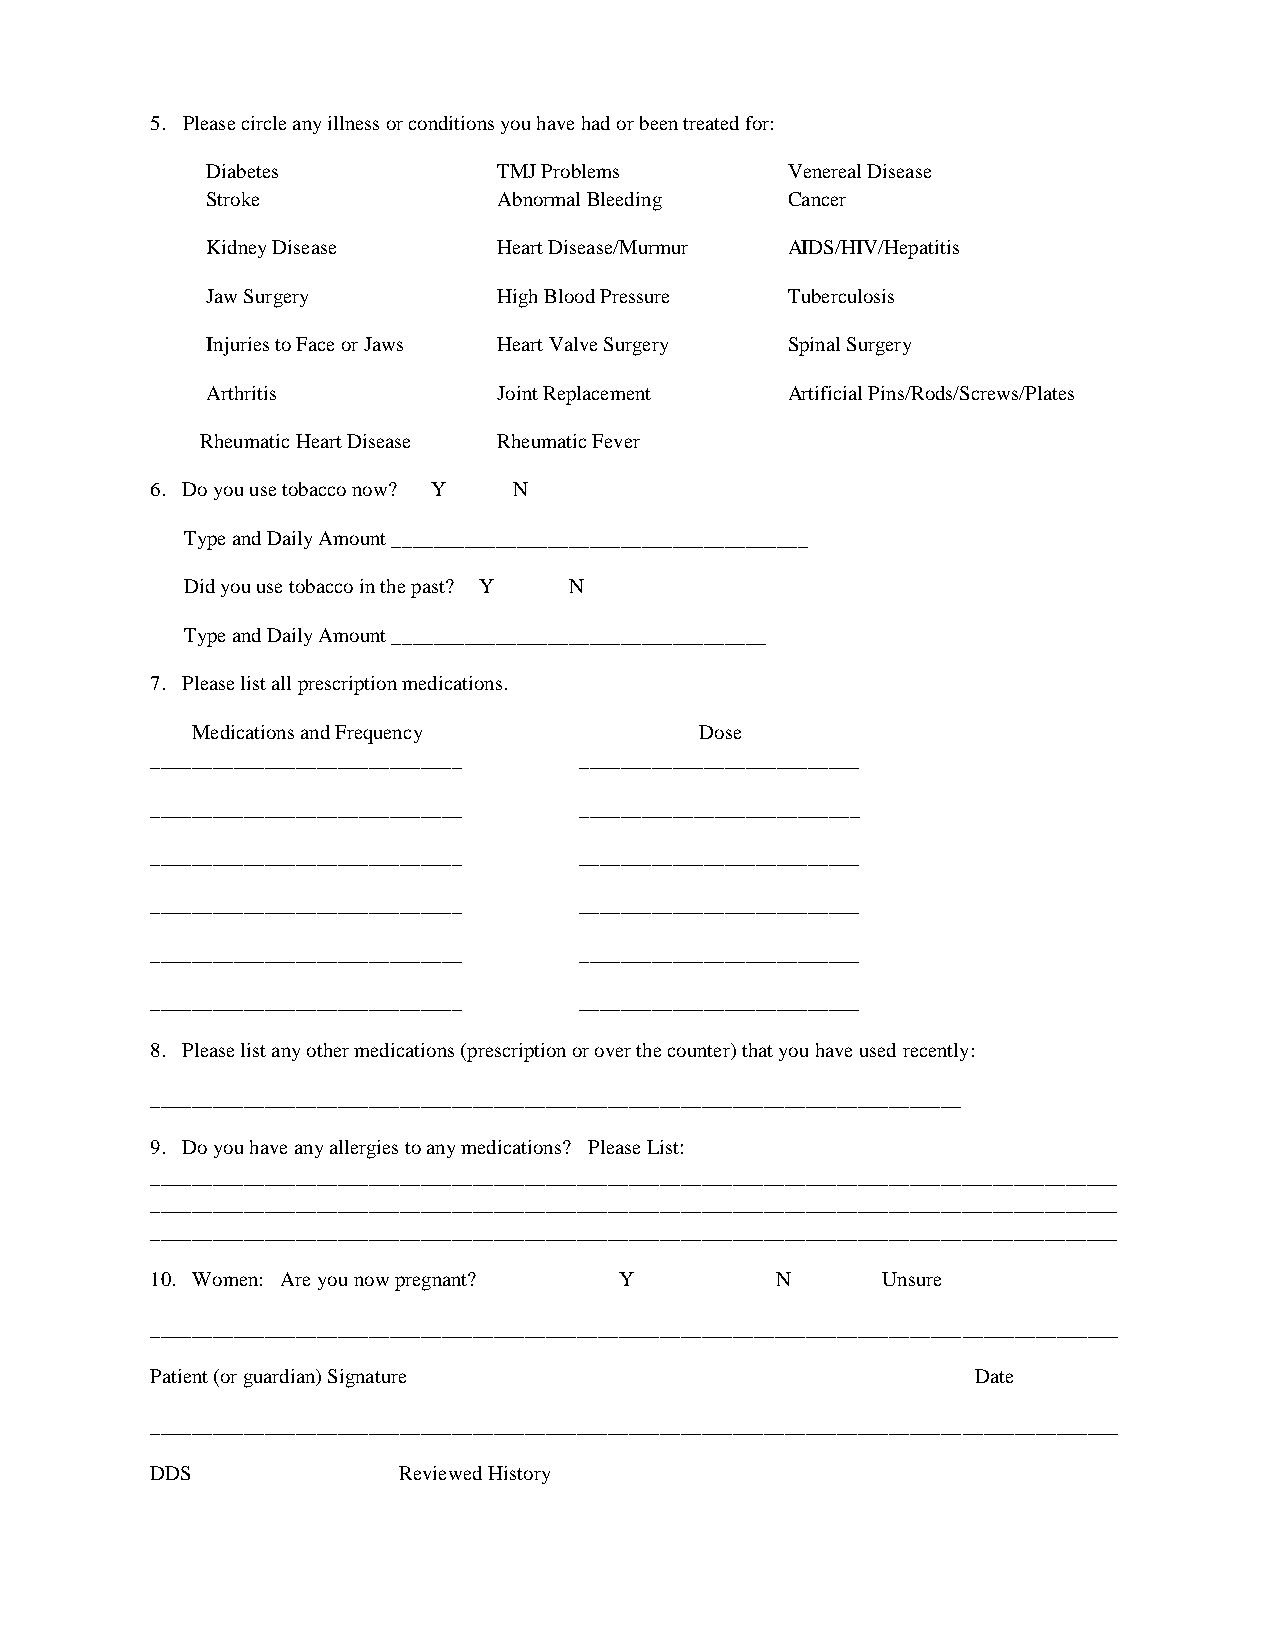
5. Please circle any illness or conditions you have had or been treated for:
 Diabetes           TMJ Problems       Venereal Disease
 Stroke             Abnormal Bleeding  Cancer                             Lung Disease/Asthma Glaucoma
 Kidney Disease     Heart Disease/Murmur AIDS/HIV/Hepatitis
 Jaw Surgery        High Blood Pressure Tuberculosis
 Injuries to Face or Jaws Heart Valve Surgery Spinal Surgery
 Arthritis          Joint Replacement  Artificial Pins/Rods/Screws/Plates
 Rheumatic Heart Disease Rheumatic Fever
 6. Do you use tobacco now? Y N
 Type and Daily Amount ________________________________________
 Did you use tobacco in the past? Y N
 Type and Daily Amount ____________________________________
 7. Please list all prescription medications.
 Medications and Frequency        Dose
 ______________________________ ___________________________
 ______________________________ ___________________________
 ______________________________ ___________________________
 ______________________________ ___________________________
 ______________________________ ___________________________
 ______________________________ ___________________________
 8. Please list any other medications (prescription or over the counter) that you have used recently:
 ______________________________________________________________________________
 9. Do you have any allergies to any medications? Please List:
 _____________________________________________________________________________________________
 _____________________________________________________________________________________________
 _____________________________________________________________________________________________
 10. Women: Are you now pregnant? Y       N      Unsure
 _____________________________________________________________________________________________
 Patient (or guardian) Signature                        Date
 _____________________________________________________________________________________________
 DDS             Reviewed History